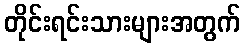
တိုင်းရင်းသားများအတွက်